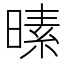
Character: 𪰸